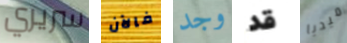
سريري فالآن وجد قد ميديا